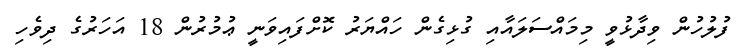
ފުލުހުން ވިދާޅުވީ މިމައްސަލައާއި ގުޅިގެން ހައްޔަރު ކޮށްފައިވަނީ ޢުމުރުން 18 އަހަރުގެ ދިވެހި